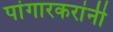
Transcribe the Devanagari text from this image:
पांगारकरांनी